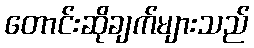
တောင်းဆိုချက်များသည်